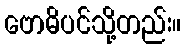
ဗောဓိပင်သို့တည်း။